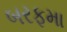
બરફમા